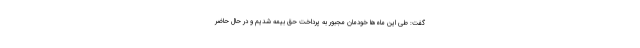
گفت: طی این ماه‌ها خودمان مجبور به پرداخت حق بیمه شدیم و در حال حاضر